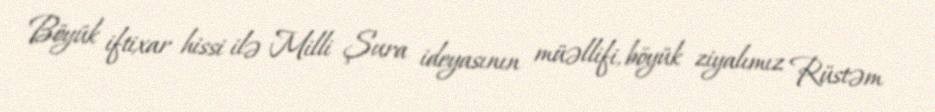
Böyük iftixar hissi ilə Milli Şura ideyasının müəllifi, böyük ziyalımız Rüstəm